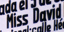
Miss David